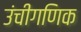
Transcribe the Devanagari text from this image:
उंचीगणिक